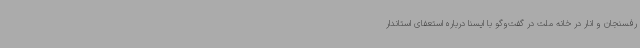
رفسنجان و انار در خانه ملت در گفت‌وگو با ایسنا درباره استعفای استاندار